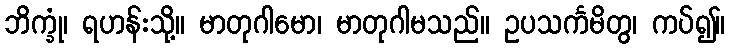
ဘိက္ခုံ၊ ရဟန်းသို့။ မာတုဂါမော၊ မာတုဂါမသည်။ ဥပသင်္ကမိတွ၊ ကပ်၍။